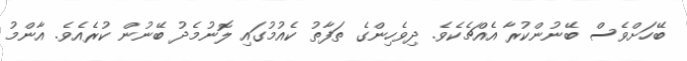
ބޭހަށްވެސް ބޭނުންކުރާ އެއްޗެކެވެ. ދިވެހިންގެ ތަފާތު ކެއުމުގައި ލޮނުމެދު ބޭނުން ކުރެއެވެ. އާންމު